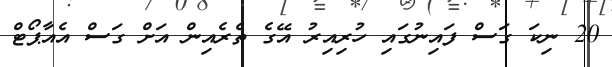
20 ނިކަ ގަސް ފައިނުގައި ހުރިއިރު އޭގެ ތެރެއިން އަށް ގަސް އެއާޕޯޓް